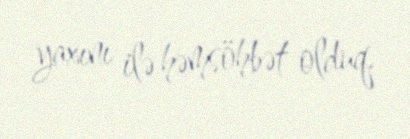
yaxını ilə həmsöhbət olduq.